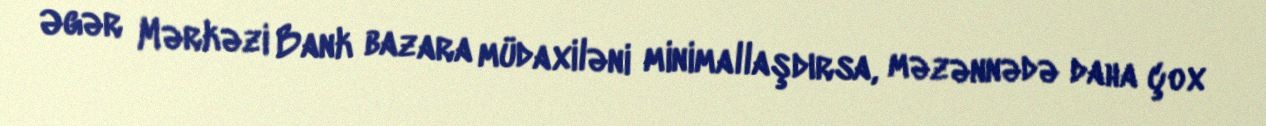
Əgər Mərkəzi Bank bazara müdaxiləni minimallaşdırsa, məzənnədə daha çox